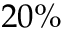
2 0 \%